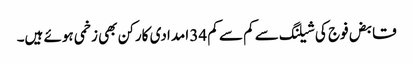
قابض فوج کی شیلنگ سے کم سے کم 34 امدادی کارکن بھی زخمی ہوئے ہیں۔